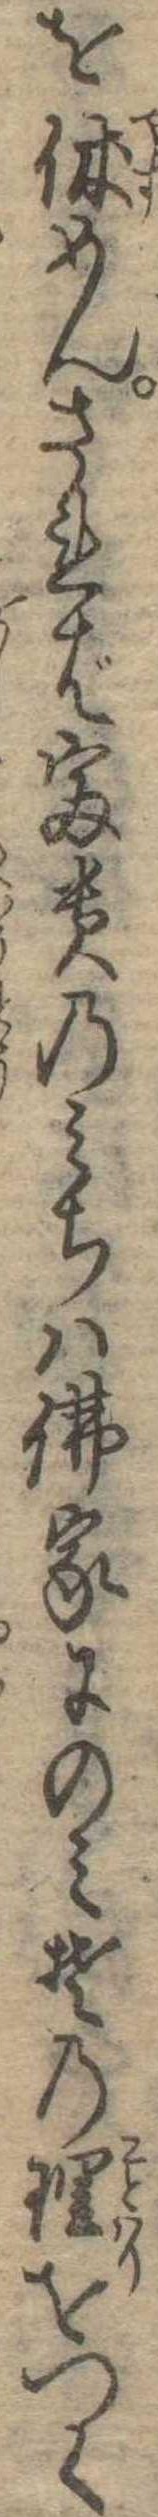
を休めんされば富貴のみちは仏家にのみその理をつく